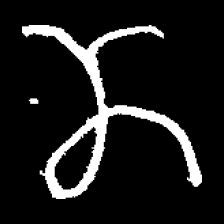
Pyu character \u2014 Myanmar letter: ဏ (romanized: nna)